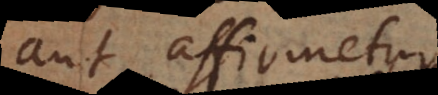
aut affirmetur